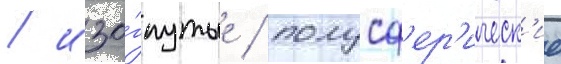
/ изо́гнутые / полусф'ер'ическ'ие